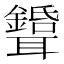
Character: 𦘉